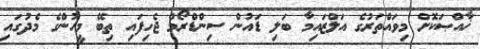
ޚާއްޞަކޮށް މިވައްތަރުގެ އަލްޒައިމާ ބަލި ޑައުން ސިންޑްރޯމް ޖެހިފައި ތިބޭ މީހުންގެ މެދުގައި